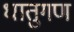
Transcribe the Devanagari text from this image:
धातुगण